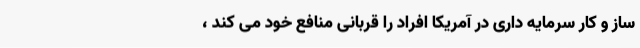
ساز و کار سرمایه داری در آمریکا افراد را قربانی منافع خود می کند ،